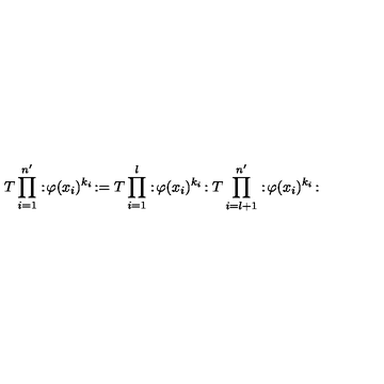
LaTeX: T \prod _ { i = 1 } ^ { n ^ { \prime } } : \! \varphi ( x _ { i } ) ^ { k _ { i } } \! : = T \prod _ { i = 1 } ^ { l } : \! \varphi ( x _ { i } ) ^ { k _ { i } } \! : T \prod _ { i = l + 1 } ^ { n ^ { \prime } } : \! \varphi ( x _ { i } ) ^ { k _ { i } } \! :